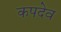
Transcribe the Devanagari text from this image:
कपदेव